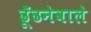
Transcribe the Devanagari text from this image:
ढूँढनेवाले